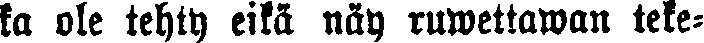
ka ole tehty eikä näy ruwettawan teke-